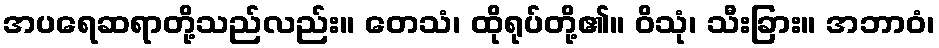
အပရေဆရာတို့သည်လည်း။ တေသံ၊ ထိုရုပ်တို့၏။ ဝိသုံ၊ သီးခြား။ အဘာဝံ၊